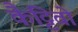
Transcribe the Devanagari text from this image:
कैट्टिवो